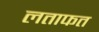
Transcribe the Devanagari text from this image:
लताफत